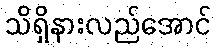
သိရှိနားလည်အောင်